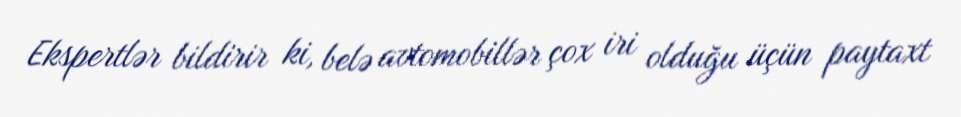
Ekspertlər bildirir ki, belə avtomobillər çox iri olduğu üçün paytaxt